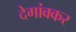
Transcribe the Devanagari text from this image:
देगांवकर